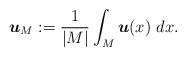
LaTeX: \begin{align*} {\boldsymbol{u}}_M := \frac{1}{|M|} \int_M {\boldsymbol{u}}(x)~dx. \end{align*}